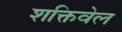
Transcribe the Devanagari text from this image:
शक्तिवेल